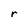
Character: r